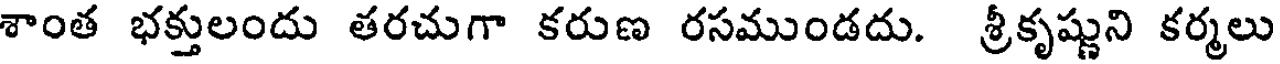
శాంత భక్తులందు తరచుగా కరుణ రసముండదు. శ్రీకృష్ణుని కర్మలు